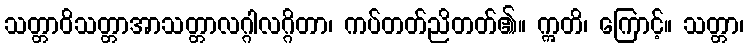
သတ္တာဝိသတ္တာအာသတ္တာလဂ္ဂါလဂ္ဂိတာ၊ ကပ်တတ်ညိတတ်၏။ ဣတိ၊ ကြောင့်။ သတ္တာ၊